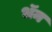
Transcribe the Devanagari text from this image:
भॅन